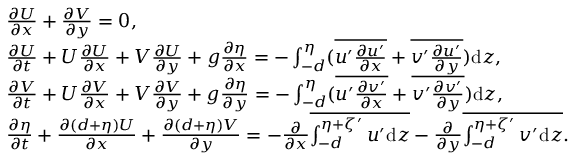
\begin{array} { r l } & { \frac { \partial U } { \partial x } + \frac { \partial V } { \partial y } = 0 , } \\ & { \frac { \partial U } { \partial t } + U \frac { \partial U } { \partial x } + V \frac { \partial U } { \partial y } + g \frac { \partial \eta } { \partial x } = - \int _ { - d } ^ { \eta } ( \overline { { u ^ { \prime } \frac { \partial u ^ { \prime } } { \partial x } } } + \overline { { v ^ { \prime } \frac { \partial u ^ { \prime } } { \partial y } } } ) \mathrm { d } z , } \\ & { \frac { \partial V } { \partial t } + U \frac { \partial V } { \partial x } + V \frac { \partial V } { \partial y } + g \frac { \partial \eta } { \partial y } = - \int _ { - d } ^ { \eta } ( \overline { { u ^ { \prime } \frac { \partial v ^ { \prime } } { \partial x } } } + \overline { { v ^ { \prime } \frac { \partial v ^ { \prime } } { \partial y } } } ) \mathrm { d } z , } \\ & { \frac { \partial \eta } { \partial t } + \frac { \partial \left( d + \eta \right) U } { \partial x } + \frac { \partial \left( d + \eta \right) V } { \partial y } = - \frac { \partial } { \partial x } \overline { { \int _ { - d } ^ { \eta + \zeta ^ { \prime } } u ^ { \prime } \mathrm { d } z } } - \frac { \partial } { \partial y } \overline { { \int _ { - d } ^ { \eta + \zeta ^ { \prime } } v ^ { \prime } \mathrm { d } z } } . } \end{array}